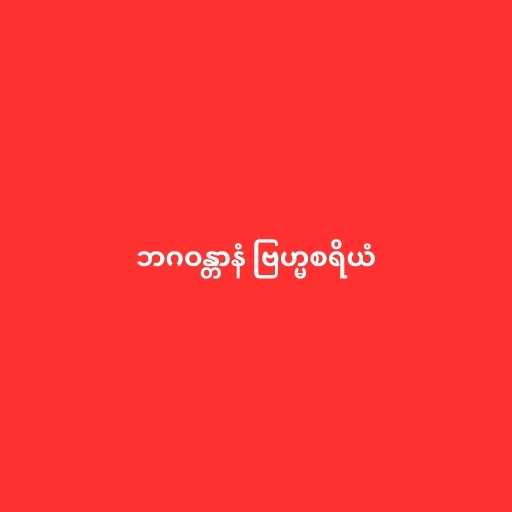
ဘဂဝန္တာနံ ဗြဟ္မစရိယံ